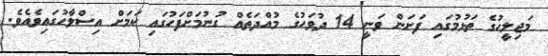
މަޖިލީހުގެ ތަޅުމުގައި ފަށަން ވަނީ 14 ދުވަހުގެ މުއްދަތެއް ގުނުމަށްފަހުގައި ކަމަށް އިސްލާހުގައިވެއެވެ.